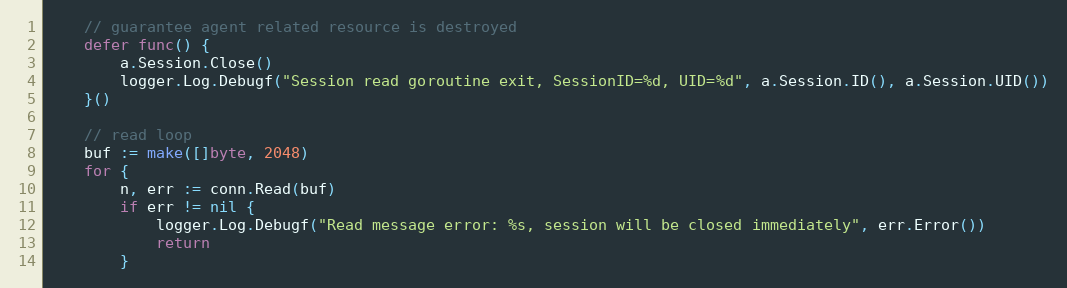
Language: Go
	// guarantee agent related resource is destroyed
	defer func() {
		a.Session.Close()
		logger.Log.Debugf("Session read goroutine exit, SessionID=%d, UID=%d", a.Session.ID(), a.Session.UID())
	}()

	// read loop
	buf := make([]byte, 2048)
	for {
		n, err := conn.Read(buf)
		if err != nil {
			logger.Log.Debugf("Read message error: %s, session will be closed immediately", err.Error())
			return
		}